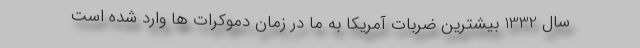
سال 1332 بیشترین ضربات آمریکا به ما در زمان دموکرات ها وارد شده است